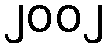
၂၀၀၂